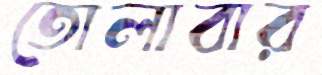
তোলাবার